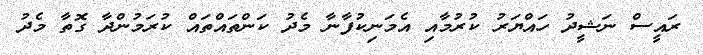
ރައީސް ނަޝީދު ހައްޔަރު ކުރުމާއި އެމަނިކުފާނާ މެދު ކަންތައްތައް ކުރަމުންދާ ގޮތާ މެދު